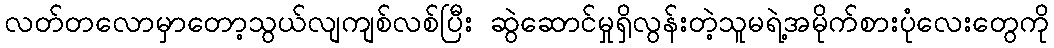
လတ်တလောမှာတော့သွယ်လျကျစ်လစ်ပြီး ဆွဲဆောင်မှုရှိလွန်းတဲ့သူမရဲ့အမိုက်စားပုံလေးတွေကို